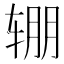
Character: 𰺏